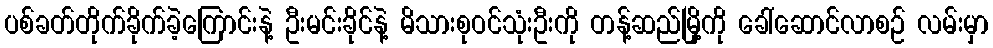
ပစ်ခတ်တိုက်ခိုက်ခဲ့ကြောင်းနဲ့ ဦးမင်းခိုင်နဲ့ မိသားစုဝင်သုံးဦးကို တန့်ဆည်မြို့ကို ခေါ်ဆောင်လာစဉ် လမ်းမှာ